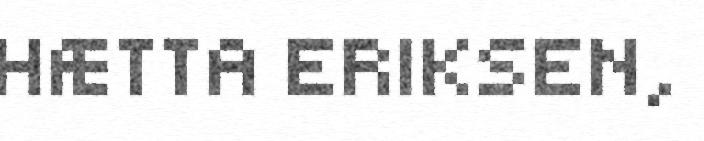
HÆTTA ERIKSEN,